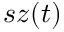
s z ( t )